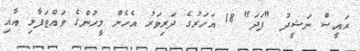
ރައީސް ނަޝީދު "ފަދަ" 18 އަހަރުގެ ދަރިވަރު އެހެން މީހުންގެ ވައްޓަފާޅި އާއި